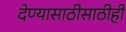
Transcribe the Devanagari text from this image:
देण्यासाठीसाठीही